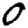
Digit: 0